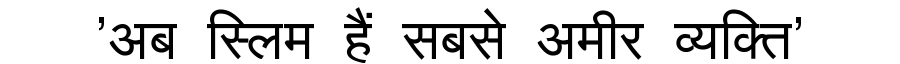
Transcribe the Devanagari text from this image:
'अब स्लिम हैं सबसे अमीर व्यक्ति'